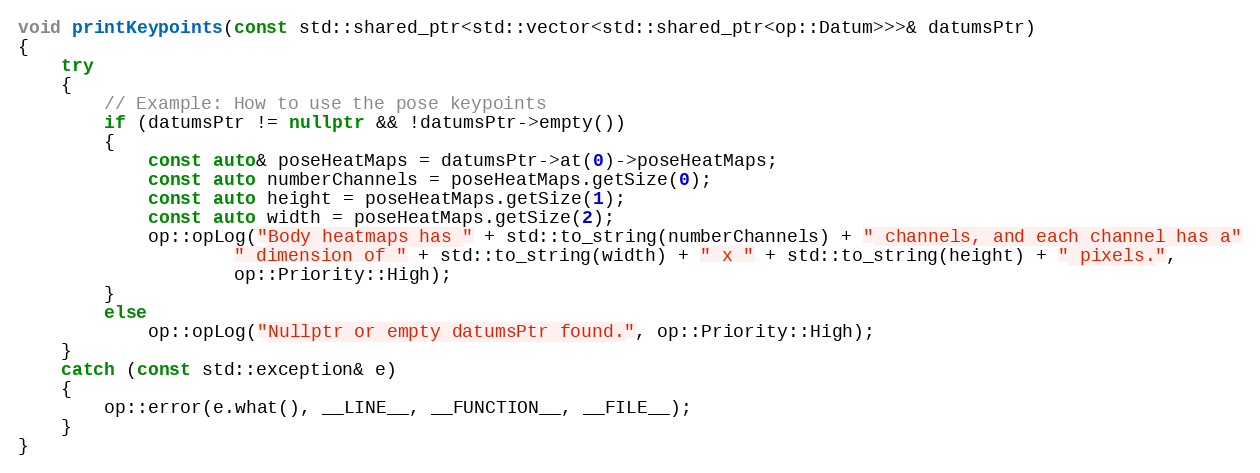
Language: C++
void printKeypoints(const std::shared_ptr<std::vector<std::shared_ptr<op::Datum>>>& datumsPtr)
{
    try
    {
        // Example: How to use the pose keypoints
        if (datumsPtr != nullptr && !datumsPtr->empty())
        {
            const auto& poseHeatMaps = datumsPtr->at(0)->poseHeatMaps;
            const auto numberChannels = poseHeatMaps.getSize(0);
            const auto height = poseHeatMaps.getSize(1);
            const auto width = poseHeatMaps.getSize(2);
            op::opLog("Body heatmaps has " + std::to_string(numberChannels) + " channels, and each channel has a"
                    " dimension of " + std::to_string(width) + " x " + std::to_string(height) + " pixels.",
                    op::Priority::High);
        }
        else
            op::opLog("Nullptr or empty datumsPtr found.", op::Priority::High);
    }
    catch (const std::exception& e)
    {
        op::error(e.what(), __LINE__, __FUNCTION__, __FILE__);
    }
}